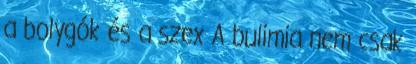
a bolygók és a szex A bulimia nem csak